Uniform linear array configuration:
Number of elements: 64
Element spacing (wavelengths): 0.25
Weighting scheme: hamming
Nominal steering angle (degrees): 0
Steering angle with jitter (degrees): -0.7076
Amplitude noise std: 0.05
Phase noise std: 0.05

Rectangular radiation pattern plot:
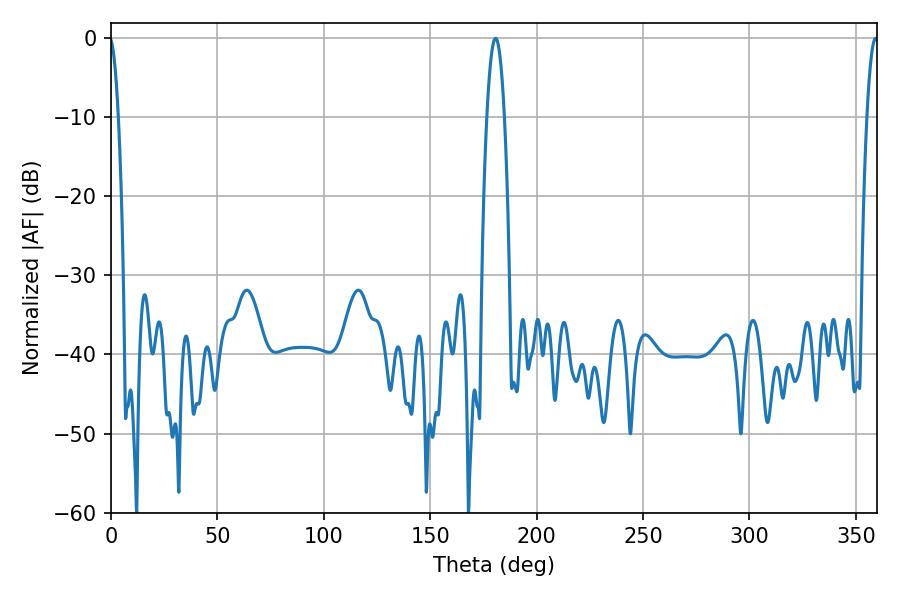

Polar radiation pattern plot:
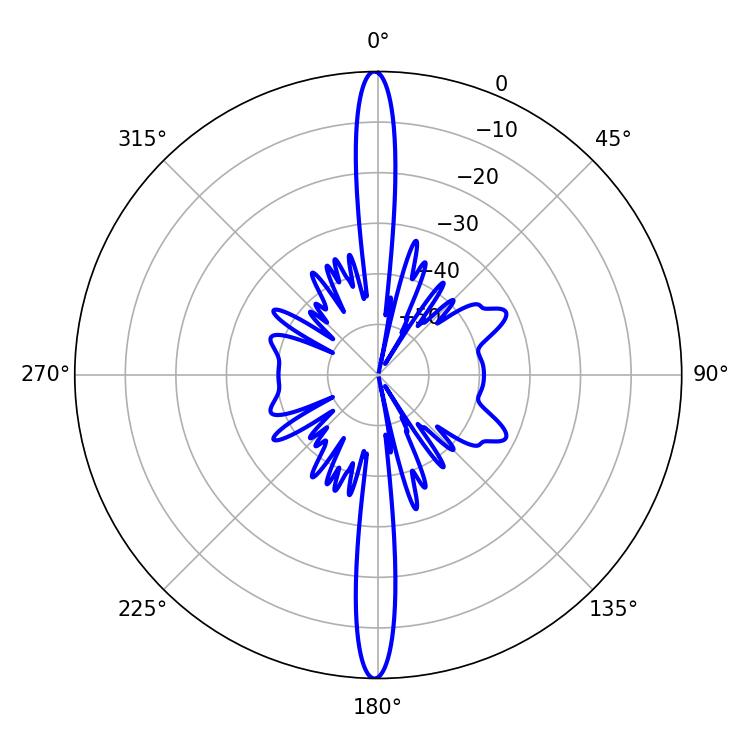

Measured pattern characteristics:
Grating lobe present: FALSE
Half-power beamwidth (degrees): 2.88
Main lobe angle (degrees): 359.28